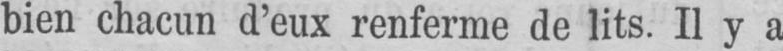
bien chacun d’eux renferme de lits. Il y a